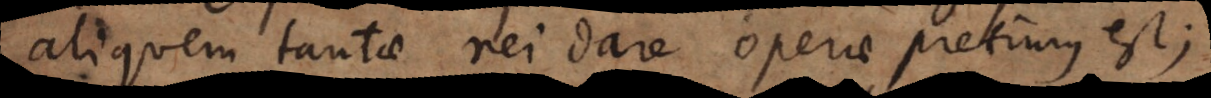
aliquem tantae rei dare operae pretium est;